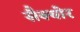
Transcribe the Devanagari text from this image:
सैक्योर